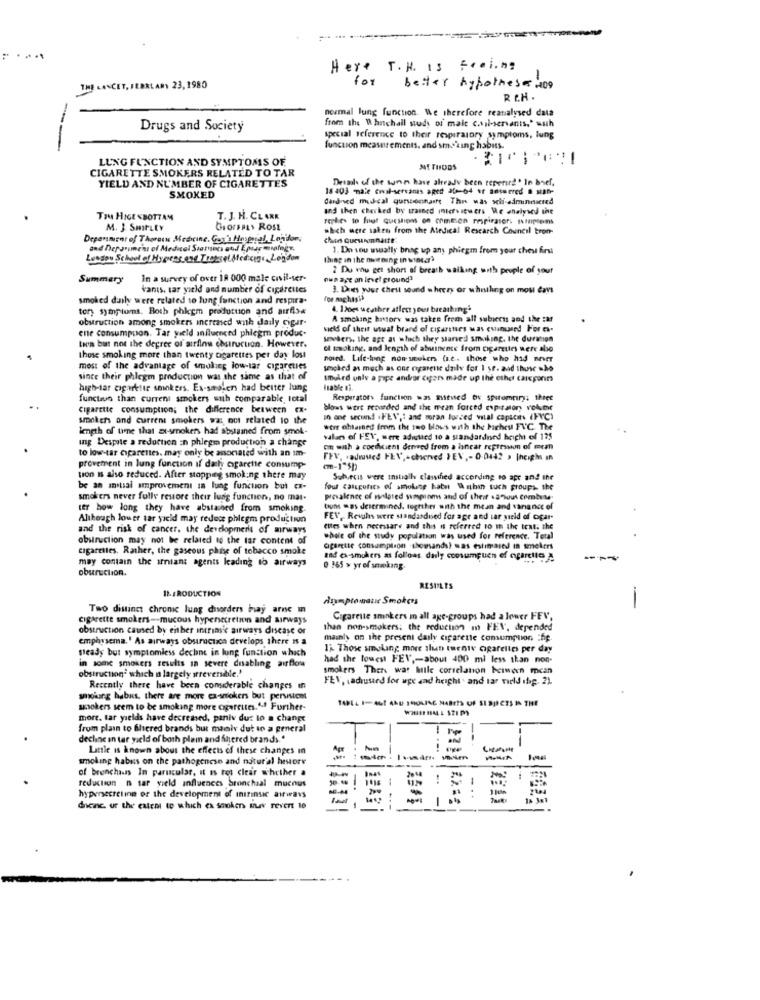
Here T.H. is Feeling
for
THE LANCET, SERRLARY 23, 1980
better hypotheses :00
RC.H.
normal lung function. We therefore reanalysed data
from the 0 hitchall study of mais casi-servants," with
Drugs and Society
special reference to their respiratory symptoms, tung
--
funcion measurements, and smoking habits-
LUNG FUNCTION AND SYMPTOMS OF
CIGARETTE SMOKERS RELATED TO TAR
METHODS
Decade of the wrong have already been reperire" in boef.
YIELD AND NUMBER OF CIGARETTES
18 403 male civil-servants aped 20-64 er answered @ sinn-
SMOKED
dardned musical questionnaire This was schi-adminnucred
and then checked by srased interviewers Me analysed the
To HIGE SBOTTAM
T. J. H. CLARK
replies to foet questions on comtien respirator. simpsons
M. J. Smirity
GIOrsFLY ROSE
which were saken from the Medical Research Council tron-
Depannenr of Therocks Medicine, Gor's Hosgeral, Lonidons
and Deparment of Medical Stamens and Eptar milagr.
1. Do you wwally bning up any phiegm from your chest frsi
London School of Hygiene and Treesel Sted:cene, London
thing in the noirning in winta
2 Du vnu get short of breath walking with people of your
Summary
In a survey of over 18 000 male civil-ser-
ous are on levet ground'
kanıs. tar yield and number of cigarettes
3. Dres your chest sound wheezy or whistling on mou dans
smoked daily were related to lung function and respira.
tor) symptoms. Both phicgm production and airfis#
4. 120es weather atles your breathing'
obstruction among smokers increased with daily cigar-
A smoking history was taken from all subjects and the :af
ene consumption. Tar yield influenced phlegm produc-
veld of their usual brand of cigarettes was cuanused For es-
sewhen, the age at which they started smoking, the durison
tues but not the degree of airfinu chstrucuon. However.
ol smoking, and length of abuinente from cigarettes were also
those smoking more than twenty cigarettes per day los
nored. Life-long non seekers (i.e. those who had never
most of the advantage of smoking low-lar cigaretles
woched as much as one ogarene daily for 1 sr. and those who
since their phlegm production was the same as that of
smoked unlv a pipe andror cigars made up the other caisporin
high-tar cigarette smokers. Es-smaken had better lung
Isable ti.
function than current smokers suh comparable total
Respirators function was miseised be spiromtiry; theec
cigarette consumption; the difference between Ex-
bows wert renarded and that mean forced ep talony volume
smokers and current smokers was not related to the
in one secund .FLV ,: and moran lored vital capaces (PVC)
length of time that av-smokers had abstained from smok-
were obtained from the two blous with the Meheu FVC. The
ing Despite a reduction in phlegm production a change
salan of FEV, mere adistied to a standardned height of 125
to low-tar cigarettes. may only be associated with an sm-
on wah a cocificient derived from a lancar represson of mean
FEV, . adnved FEV ,- cherved FEV ,- 0-0442 > |heichs in
provement in lung function if dach cigarette consump-
(-1-5h
ton s also reduced. After stopping smoking there may
Sub,ecis were initially classified according to apr and the
be an antial improvement in lung function but ex-
fout calcgottes of smokene hat Within such proups, the
smokers never fullv resore their lung function, no mat-
prevalence of wilgred yumpinns and of their .anous combese-
ter how long they have abstained from smoking.
tums was determined, together with the mean and vanance of
Although lower tar yield may redes phlegm production
FEV, Revals were standardused for age and tar yield of coçar-
and the risk of cancer, the development of airways
ettes when necessare and this is referred to in the text. the
obstruction may not be related to the tar content of
whole of the study population was used for reference. Total
cigarettes. Rather, the gaseous phase of tobacco smoke
cigarette consumption .thousands) was eslimaind in mmelers
may contain the arians agents leading to airways
zad ex-smokers as follows daly ccosumquen of ogaretto &
---
oburuction.
0 165 » yr of smoking
IL-1RODUCTION
RESULTS
Asymptomatic Smokers
Two distinct chronic lung disorders imay arne in
cigarette smokers -- mucous hypersecretnin and airways
Cigarette smokers in all age-groups had a lower FEV,
obstruction caused by either intrins's airways disease or
than non-smokers. the reduction m FEV, depended
emphysema. ' As airways obstrucuzco develops there is a
mainly on the present daily cigarette consumption :fp.
ready but symptomless dechne in lung function which
15. Those smoking more than tueniv cigarettes per day
had the lowest FEV ,- about 400 ml less than non-
in some smokers results in severe dnabling airflow
obstruction" which n largely srreversible.'
smokers Thers wat hulle correlation between mcan
FEV, (adrused for uge and height' and lar vield ihop. 22.
Recently there have been considerable changes in
sholung habus, there are more ex-smokers but perwstemt
TALL I-AGE 4KU SHOLING NABITS OF SISJECTS IN THE
unokers seem to be smoking more cigarettes." -! Further-
more. tar yields have decreased, paniv dut lo a change
from plan to flicred brands but manlv dut to a general
decline in tar yield of both plain and Shered brands. "
Little is known about the effects of these changes in
Agr
smoking habus on the pathogenese and natur'al hestore
of brenchass In parucular, it is tos clear whether a
reduction n tar yield influences bronchial mucous
-
hypersecretinn or the development of intrinsic airways
dneinc. ur the exten to which ex smokers wv revert 10